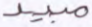
مبيد